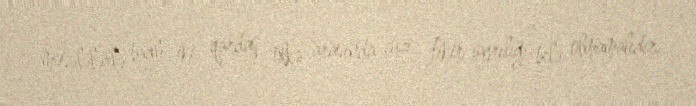
məsələlərlə bağlı iki qardaş ölkə arasında cüzi fikir ayrılığı belə olmamalıdır.